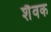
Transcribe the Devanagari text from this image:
शैवक